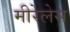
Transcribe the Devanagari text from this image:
मीरेलेस